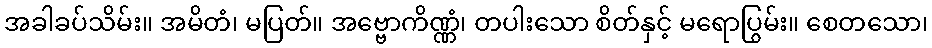
အခါခပ်သိမ်း။ အမိတံ၊ မပြတ်။ အဗ္ဗောကိဏ္ဏံ၊ တပါးသော စိတ်နှင့် မရောပြွမ်း။ စေတသော၊